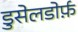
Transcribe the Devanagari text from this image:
डुसेलडोर्फ़